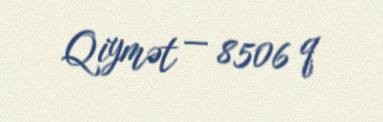
Qiymət — 8506 q